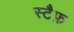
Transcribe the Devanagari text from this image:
स्टैफ़